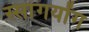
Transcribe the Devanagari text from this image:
स्सांगयोंग